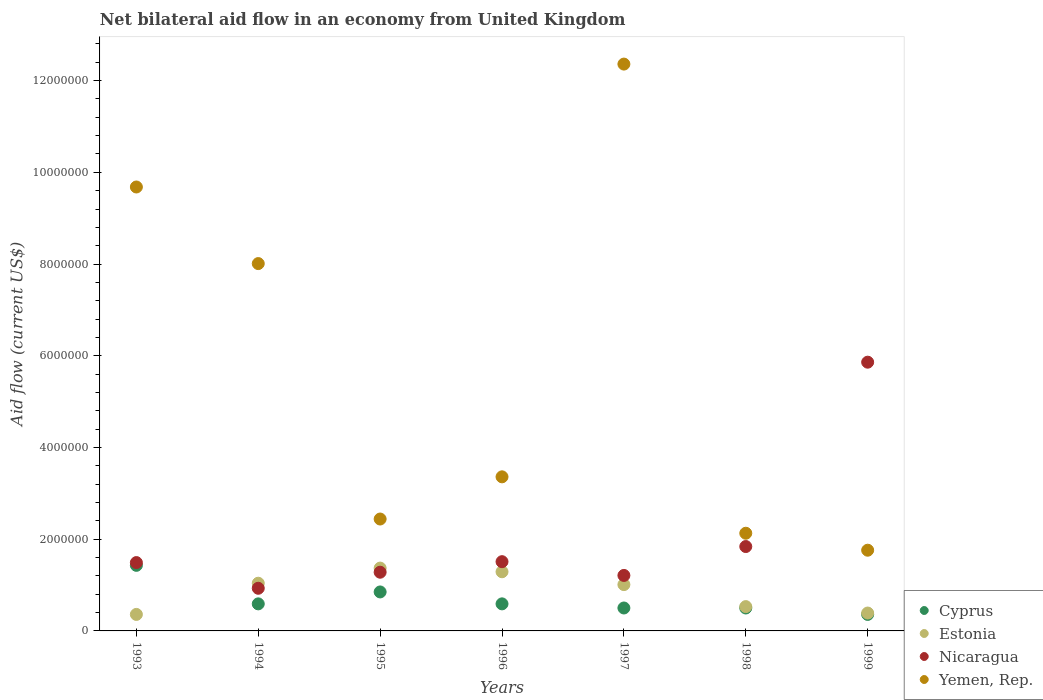
| Years | Cyprus | Estonia | Nicaragua | Yemen, Rep. |
 | --- | --- | --- | --- | --- |
 | 1993 | 1.43e+06 | 3.6e+05 | 1.49e+06 | 9.68e+06 |
 | 1994 | 5.9e+05 | 1.04e+06 | 9.3e+05 | 8.01e+06 |
 | 1995 | 8.5e+05 | 1.37e+06 | 1.28e+06 | 2.44e+06 |
 | 1996 | 5.9e+05 | 1.29e+06 | 1.51e+06 | 3.36e+06 |
 | 1997 | 5e+05 | 1.01e+06 | 1.21e+06 | 1.24e+07 |
 | 1998 | 5e+05 | 5.3e+05 | 1.84e+06 | 2.13e+06 |
 | 1999 | 3.6e+05 | 3.9e+05 | 5.86e+06 | 1.76e+06 |